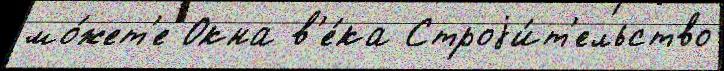
мо́жет'е Окна в'е́ка Строjи́т'ельство